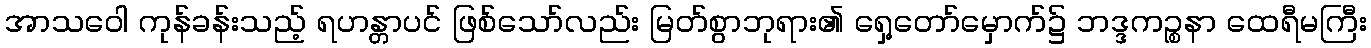
အာသဝေါ ကုန်ခန်းသည့် ရဟန္တာပင် ဖြစ်သော်လည်း မြတ်စွာဘုရား၏ ရှေ့တော်မှောက်၌ ဘဒ္ဒကဉ္စနာ ထေရီမကြီး